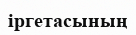
іргетасының